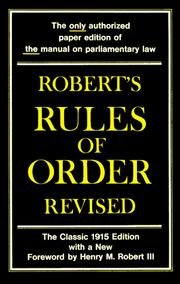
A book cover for Robert's rules of order: Revised; Henry M Robert; Reference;